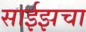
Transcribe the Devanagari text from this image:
साईझचा